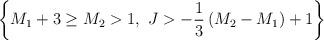
LaTeX: \begin{align*}\left\{M_1+3\ge M_2>1,~J>-{1\over 3}\left(M_2-M_1\right)+1\right\}\end{align*}